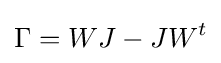
\Gamma =WJ-JW^{t}